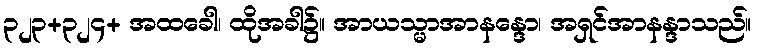
၃၂၃+၃၂၄+ အထခေါ၊ ထိုအခါ၌။ အာယသ္မာအာနန္ဒော၊ အရှင်အာနန္ဒာသည်။